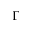
\Gamma